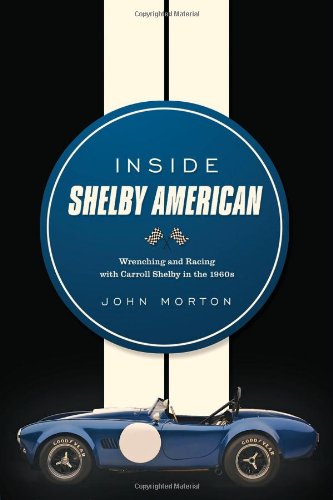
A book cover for Inside Shelby American: Wrenching and Racing with Carroll Shelby in the 1960s; John Morton; Engineering & Transportation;